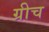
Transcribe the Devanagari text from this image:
ग्रीच